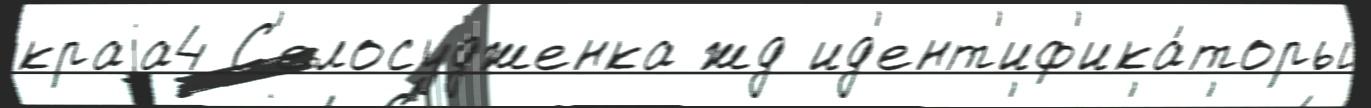
краjа4 С'елосудженка жд ид'ент'иф'ика́торы